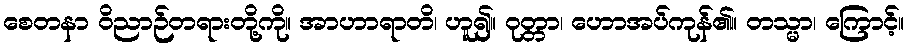
စေတနာ ဝိညာဉ်တရားတို့ကို။ အာဟာရာတိ၊ ဟူ၍။ ဝုတ္တာ၊ ဟောအပ်ကုန်၏။ တသ္မာ၊ ကြောင့်။